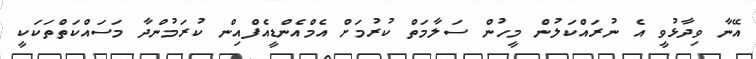
އޭނާ ވިދާޅުވީ އެ ނުރައްކަލުން މީހުން ސަލާމަތް ކުރުމަށް އެމްއެންޑީއެފްއިން ކުރަމުންދާ މަސައްކަތްތަކަކީ